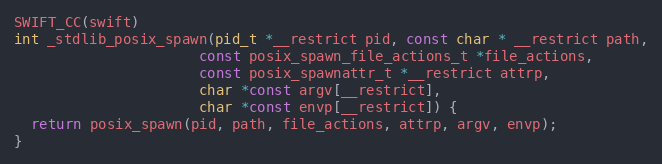
Language: C
SWIFT_CC(swift)
int _stdlib_posix_spawn(pid_t *__restrict pid, const char * __restrict path,
                      const posix_spawn_file_actions_t *file_actions,
                      const posix_spawnattr_t *__restrict attrp,
                      char *const argv[__restrict],
                      char *const envp[__restrict]) {
  return posix_spawn(pid, path, file_actions, attrp, argv, envp);
}